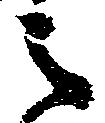
之